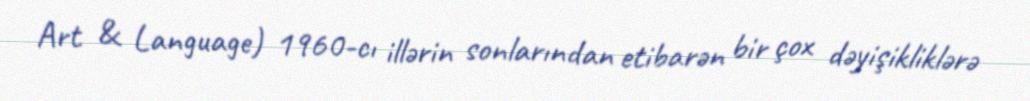
Art & Language) 1960-cı illərin sonlarından etibarən bir çox dəyişikliklərə